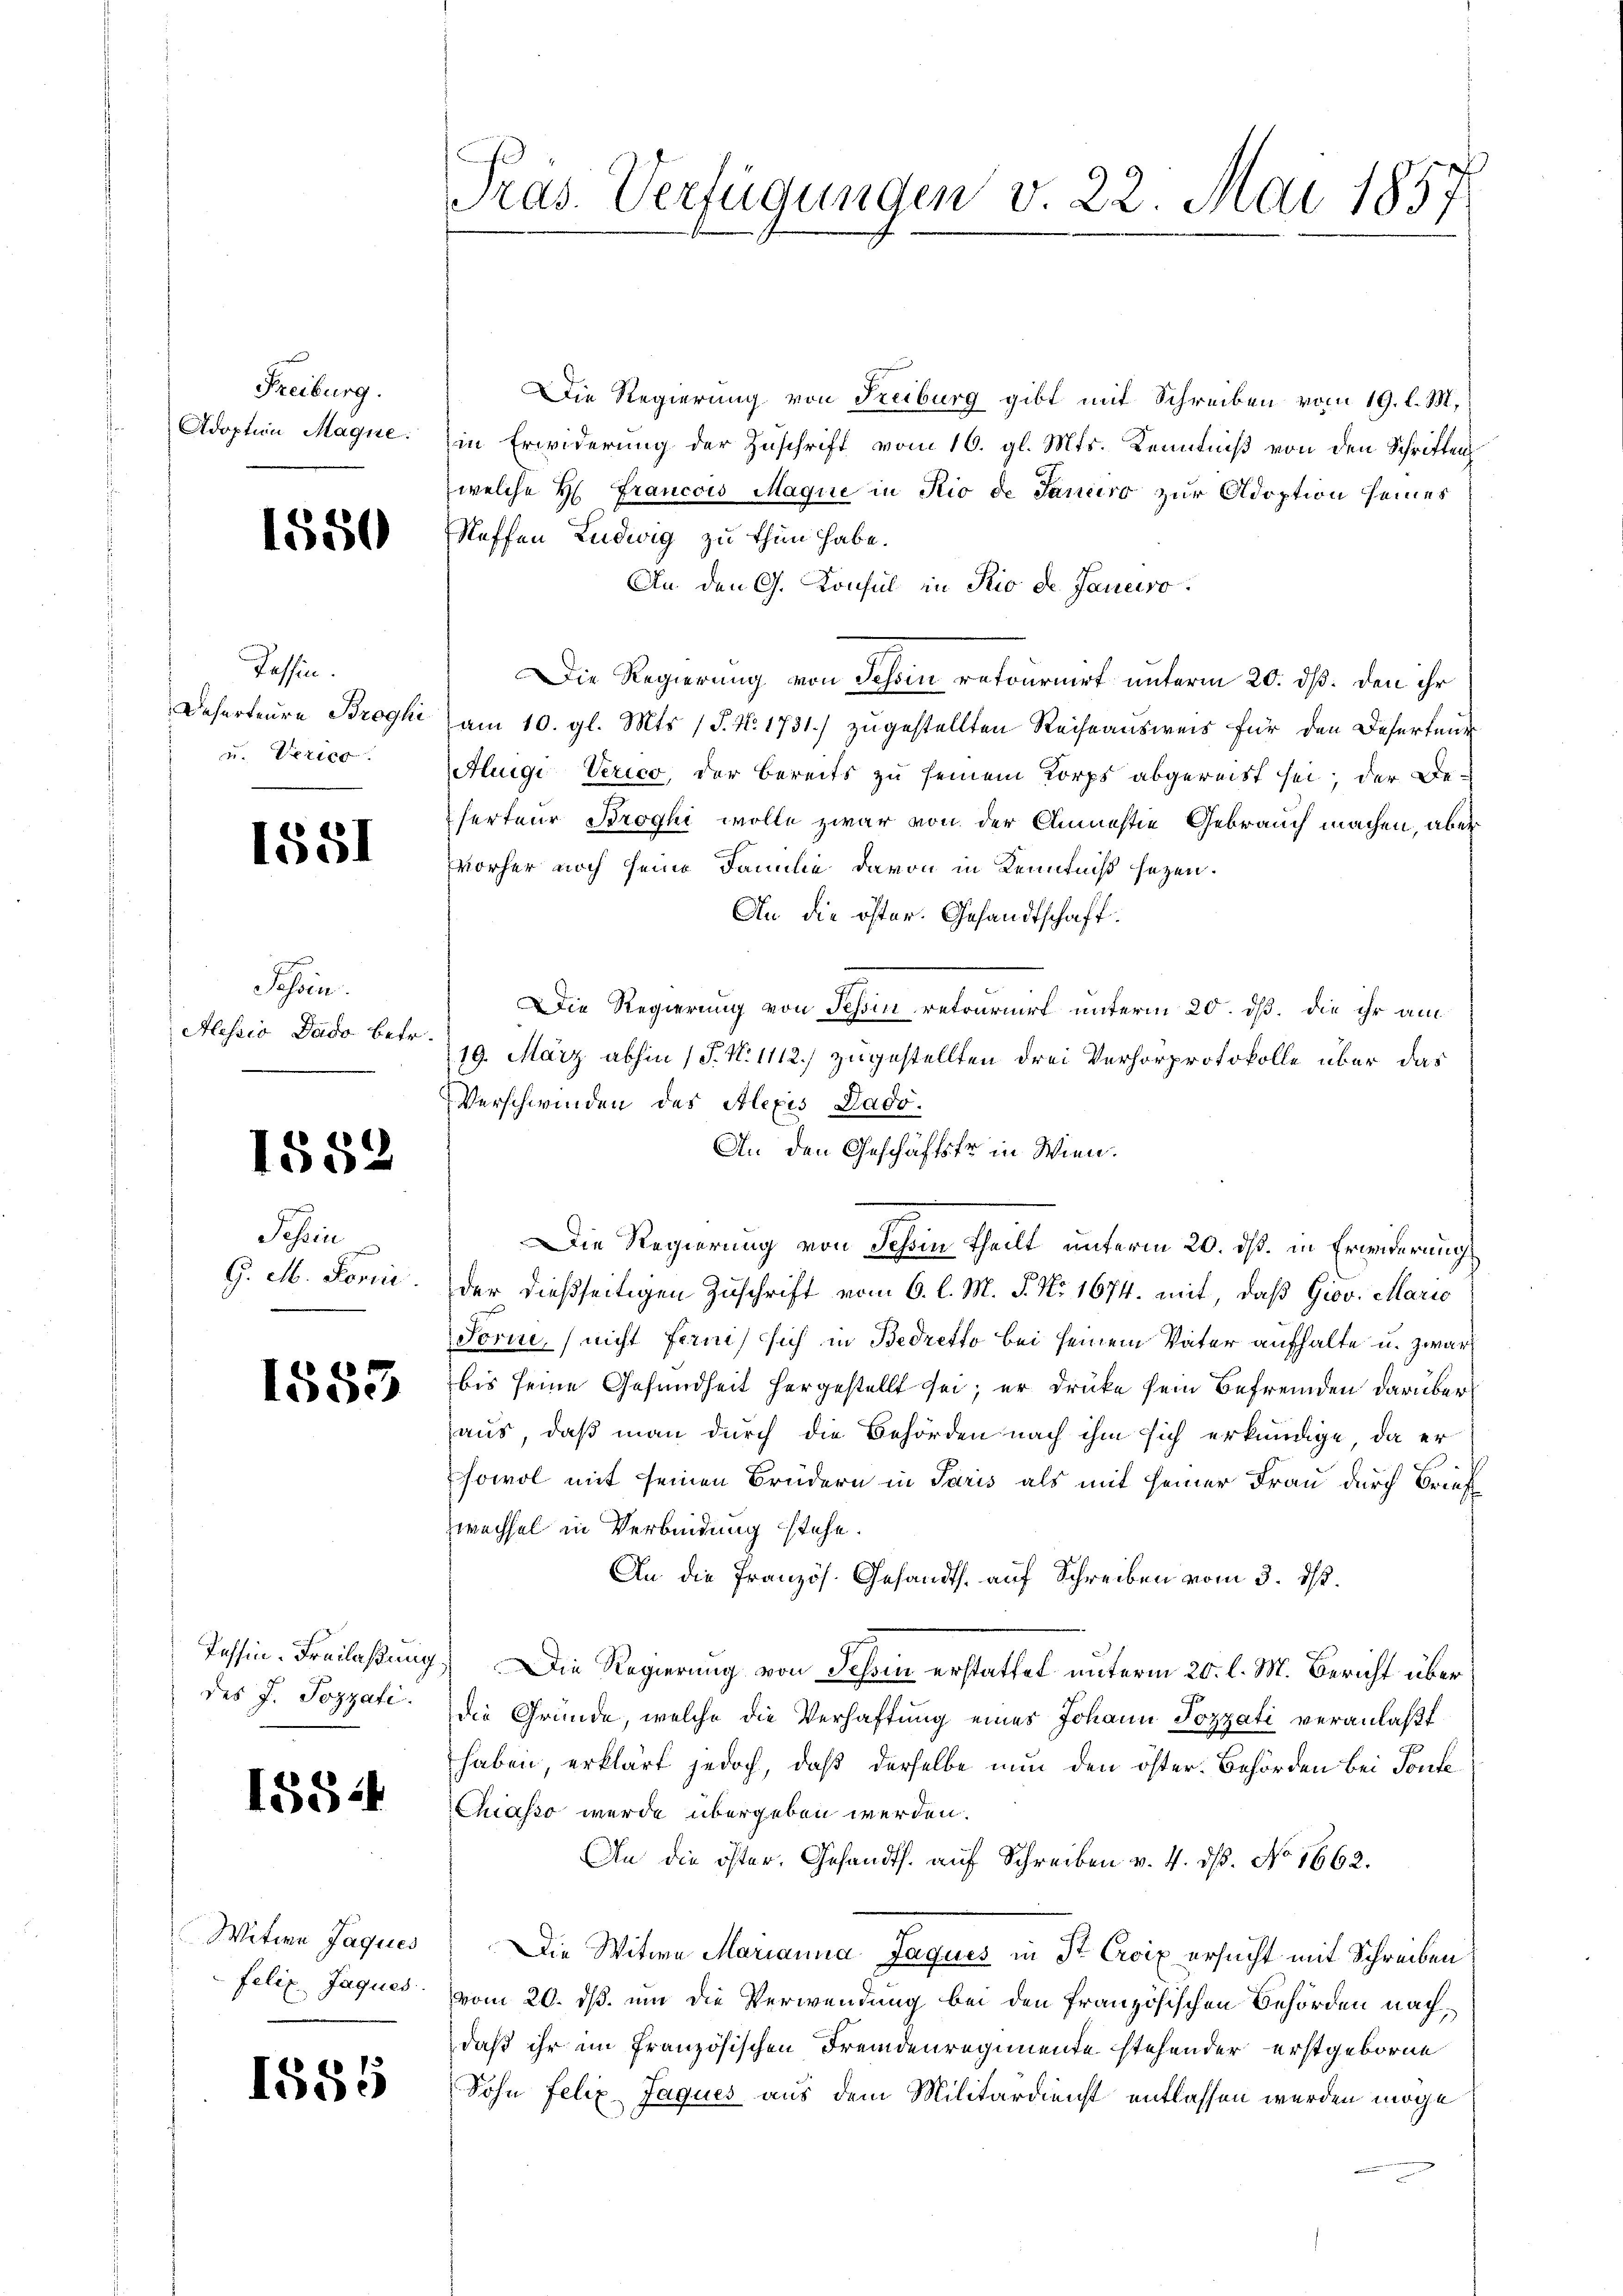
Freiburg.
Adoption Magne.

1550

Passin.
Deserteure Broghi
v. 200

1551

Sohren.
Alessio Dado betr.

1552

Schin
G. M. Form.

1553

Tessin-Freilassung
des J. Pozzati.

1582

Witwe Jaques
felix Jaques

1555

7
Präs. Verfügungen v. 22. Mai 185

Die Regierung von Freiburg gibt mit Schreiben vom 19. l. M.
in Erwiderung der Zuschrift vom 16. gl. Mts. Kenntniß von den Schriften
welche H. Francois Maque in Rio de Januro zur Adoption seines
Neffen Ludwig zu thun habe.
An den G. Konsul in Rio de Janeiro
Die Regierung von Schon retournirt unterm 20. dß. den ihr
am 10. gl. Mts. (T. N. 1731) zugestellten Reiseausweis für den Desertent
Auige Verico, der bereits zu seinem Korps abgereitt sei; der De-
ferteur Broghi wolle zwar von der Amnestie Gebrauch machen, aber
Vorher noch seine Familie davon in Kenntniß sezen.
An die öster. Gesandtschaft.
Die Regierung von Tessin retourirt unterm 20. dß. die ihr am
19. März abhin (S. N. 1112) zugestellten drei Verhörprotokolle über das
Verschwinden des Alexis Dado.
An den Geschäftstr in Wien.
Die Regierung von Schin theilt unterm 20. ds. in Erwiderung
der dießseitigen Zuschrift vom 6. l. M. P. Nr. 1674. mit, daß Giov. Marie
Forin, nicht fernis sich in Bedretto bei seinem Vater aufhalte u. zwar
bis seine Gesundheit hergestellt sei; er drücke sein Befremden darüber
aus, daß man durch die Behörden nach ihm sich erkundige, da er
sowol mit seinen Brüdern in Paris als mit seiner Frau durch Brief
wechsel in Verbindung stehe
An die Französ. Gesandth. auf Schreiben vom 3. ds.
) Die Regierung von Schon erstattet unterm 20. l. M. Bericht über
die Gründe, welche die Verhaftung eines Johann Pozzati veranlaßt
haben, erklärt jedoch, daß derselbe nun den öster. Behörden bei Toute
Chasso werde übergeben werden.
An die öster, Gesandts. auf Schreiben v. 4. ds. No 1662.
Die Witwe Marianna Jaques in St. Croix ersucht mit Schreiben
vom 20. dß. um die Verwendung bei den französischen Behörden nach,
daß ihr im französischen Fremdenregimente stehender erstgeborne
Sohn Felix Jaques aus dem Militärdienst entlassen werden möge